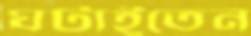
ঘটাইতেন